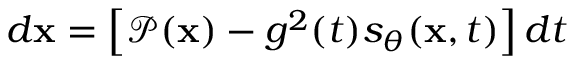
\begin{array} { r } { d \mathbf { x } = \left[ \mathcal { P } ( \mathbf { x } ) - g ^ { 2 } ( t ) s _ { \theta } ( \mathbf { x } , t ) \right] d t } \end{array}